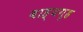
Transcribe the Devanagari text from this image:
बाह्यगृह